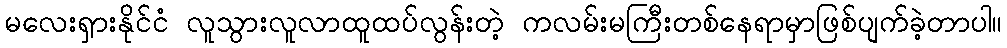
မလေးရှားနိုင်ငံ လူသွားလူလာထူထပ်လွန်းတဲ့ ကလမ်းမကြီးတစ်နေရာမှာဖြစ်ပျက်ခဲ့တာပါ။